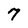
Character: 7